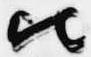
比